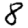
Digit: 8